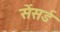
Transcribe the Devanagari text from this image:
सेंसर्ड